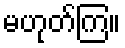
မဟုတ်ကြ။